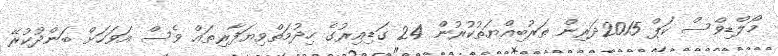
މޯލްޑިވްސް ކަޕް 2015ދަރިން ތަރުބިއްޔަތުކުރުން 24 ގަޑިއިރުގެ ހިދުމަތްވިޔަފާރިތައް ވެސް އަވަހަށް ބަންދުކުރޭ